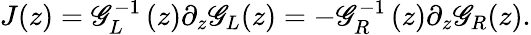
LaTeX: J(z)=\mathscr{G}_{L}^{-1}\left(z\right)\partial_{z}\mathscr{G}_{L}(z)=-\mathscr{G}_{R}^{-1}\left(z\right)\partial_{z}\mathscr{G}_{R}(z).